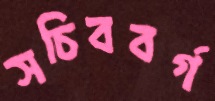
সচিববর্গ